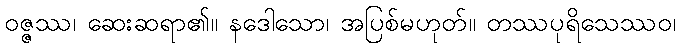
ဝဇ္ဇဿ၊ ဆေးဆရာ၏။ နဒေါသော၊ အပြစ်မဟုတ်။ တဿပုရိသေဿဝ၊